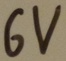
Text: 6V